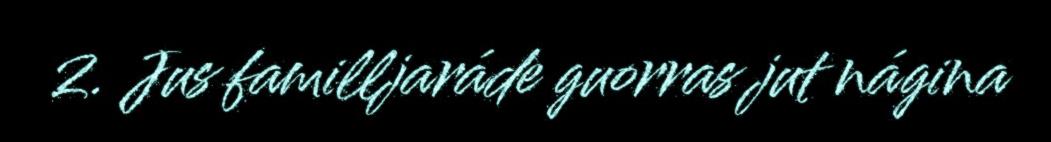
2. Jus familljaráde guorras jut nágina